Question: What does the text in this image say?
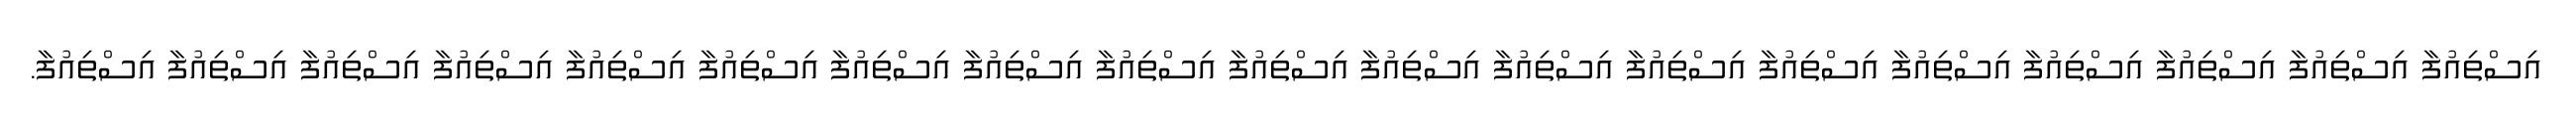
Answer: އިސްތިއުފާ އިސްތިއުފާ އިސްތިއުފާ އިސްތިއުފާ އިސްތިއުފާ އިސްތިއުފާ އިސްތިއުފާ އިސްތިއުފާ އިސްތިއުފާ އިސްތިއުފާ އިސްތިއުފާ އިސްތިއުފާ އިސްތިއުފާ އިސްތިއުފާ އިސްތިއުފާ އިސްތިއުފާ އިސްތިއުފާ އިސްތިއުފާ އިސްތިއުފާ.